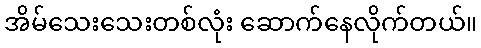
အိမ်သေးသေးတစ်လုံး ဆောက်နေလိုက်တယ်။